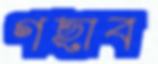
গছাব